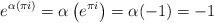
\begin{align*}e^{\alpha \left( \pi i \right) } = \alpha \left( e^{\pi i} \right) = \alpha(-1) = -1 \end{align*}